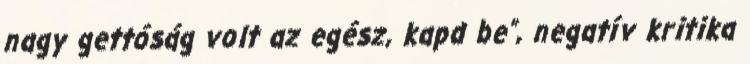
nagy gettóság volt az egész, kapd be”, negatív kritika